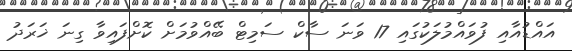
އައްޑުއާއި ފުވައްމުލަކުގައި 17 ވަނަ ސާކް ސަމިޓް ބޭއްވުމަށް ކޮށްފައިވާ ގިނަ ޚަރަދު